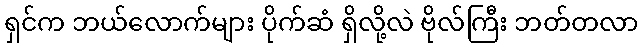
ရှင်က ဘယ်လောက်များ ပိုက်ဆံ ရှိလို့လဲ ဗိုလ်ကြီး ဘတ်တလာ